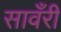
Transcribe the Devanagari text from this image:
सावँरी